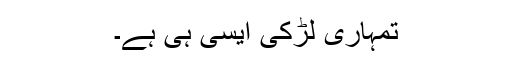
تمہاری لڑکی ایسی ہی ہے۔